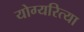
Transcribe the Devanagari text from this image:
योग्यरित्या